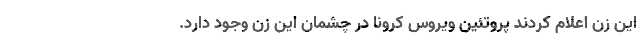
این زن اعلام کردند پروتئین ویروس کرونا در چشمان این زن وجود دارد.